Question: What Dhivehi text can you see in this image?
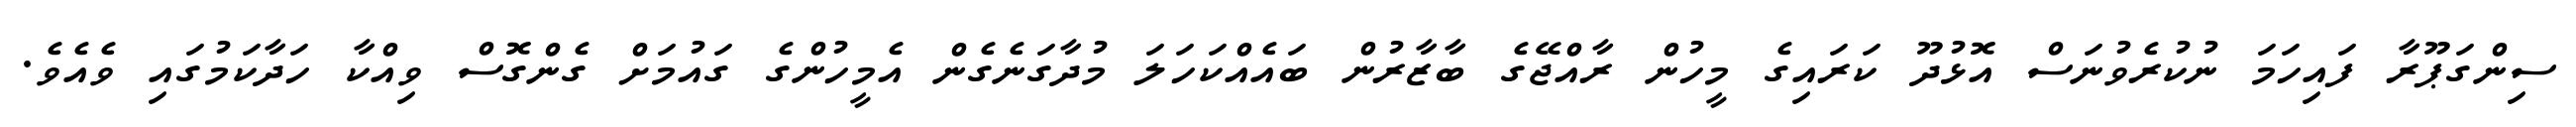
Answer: ސިންގަޕޫރާ ފައިހަމަ ނުކުރެވުނަސް އޮޅުދޫ ކަރައިގެ މީހުން ރާއްޖޭގެ ބާޒާރުން ބައެއްކަހަލަ މުދާގަނެގެން އެމީހުންގެ ގައުމަށް ގެންގޮސް ވިއްކާ ހަދާކަމުގައި ވެއެވެ.